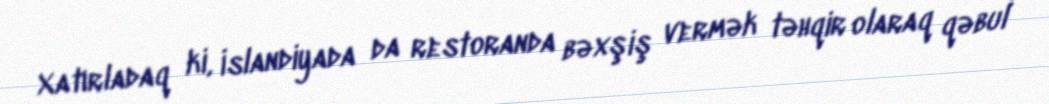
Xatırladaq ki, İslandiyada da restoranda bəxşiş vermək təhqir olaraq qəbul